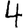
Digit: 4